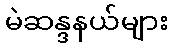
မဲဆန္ဒနယ်များ